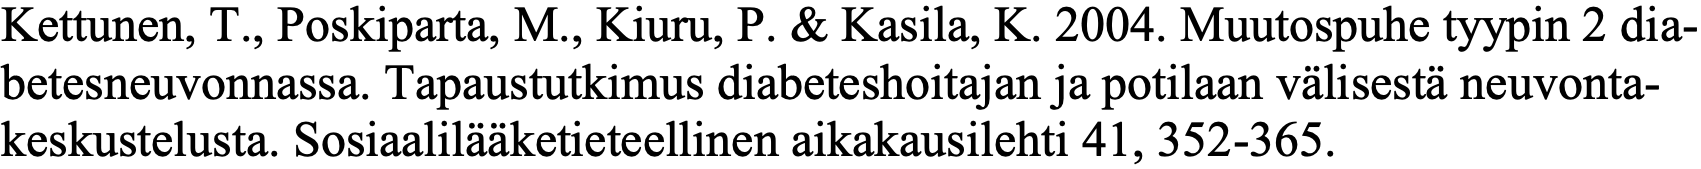
Kettunen, T., Poskiparta, M., Kiuru, P. & Kasila, K. 2004. Muutospuhe tyypin 2 dia- betesneuvonnassa. Tapaustutkimus diabeteshoitajan ja potilaan välisestä neuvonta- keskustelusta. Sosiaalilääketieteellinen aikakausilehti 41, 352-365.